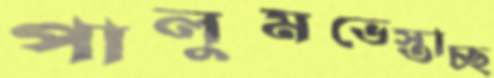
পালুমভেস্তাচ্ছ